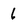
Character: 6